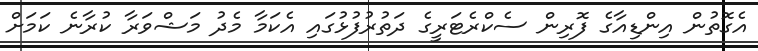
އެގޮތުން އިންޑިއާގެ ފޮރިން ސެކްރެޓަރީގެ ދަތުރުފުޅުގައި އެކަމާ މެދު މަޝްވަރާ ކުރާނެ ކަމަށް